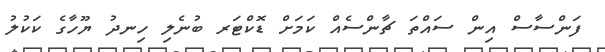
ފަންސާސް އިން ސައްތަ ޗާންސެއް ކަމަށް ޑޮކްޓަރ ބުނެލި ހިނދު ޔޫހާގެ ކަކުލު